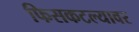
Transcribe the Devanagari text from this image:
फिसकटल्यावर